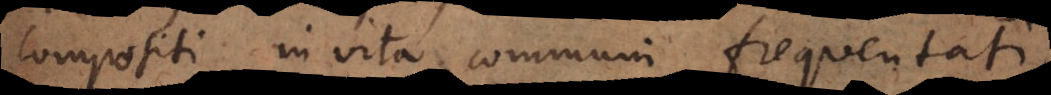
compositi in vita communi frequentati,